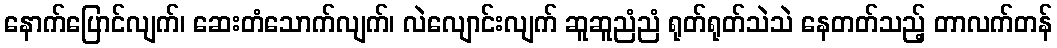
နောက်ပြောင်လျက်၊ ဆေးတံသောက်လျက်၊ လဲလျောင်းလျက် ဆူဆူညံညံ ရုတ်ရုတ်သဲသဲ နေတတ်သည့် တာလက်တန်